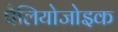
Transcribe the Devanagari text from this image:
पैलियोजोइक